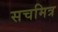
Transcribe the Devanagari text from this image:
सचमित्र